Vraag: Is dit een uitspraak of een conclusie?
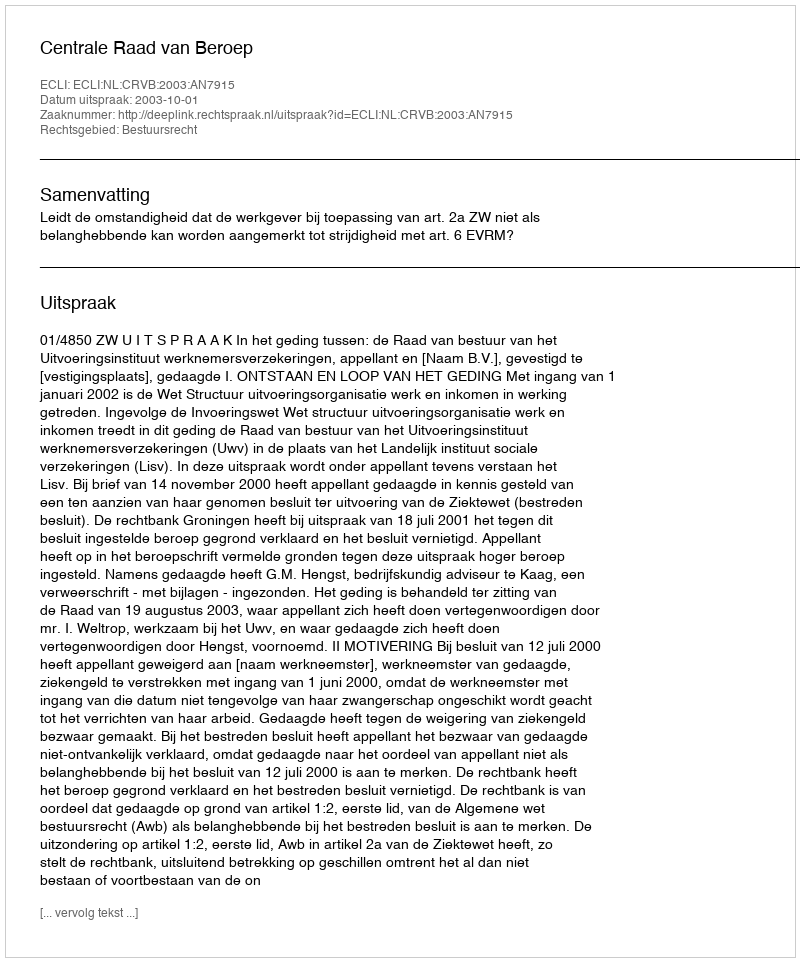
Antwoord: Uitspraak